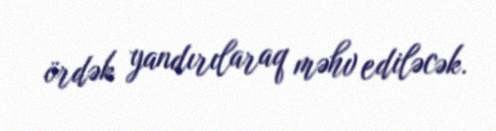
ördək yandırılaraq məhv ediləcək.